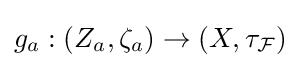
g_{a}:\left(Z_{a},\zeta _{a}\right)\to \left(X,\tau _{\mathcal {F}}\right)